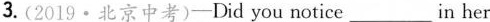
3.(2019·北京中考)-Did you notice \underline in her